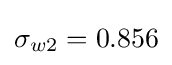
\sigma _{w2}=0.856